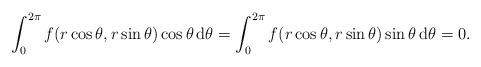
LaTeX: \begin{align*} \int_0^{2\pi}f(r\cos\theta,r\sin\theta)\cos\theta \, \mathrm{d}\theta=\int_0^{2\pi}f(r\cos\theta,r\sin\theta)\sin\theta \, \mathrm{d}\theta=0.\end{align*}